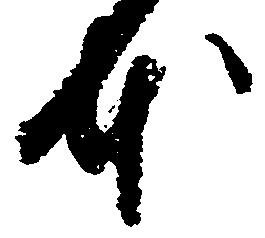
本